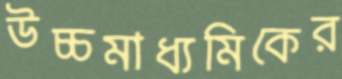
উচ্চমাধ্যমিকের